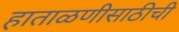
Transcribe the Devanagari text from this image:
हाताळणीसाठीची